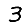
Digit: 3